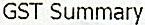
GST SUMMARY